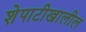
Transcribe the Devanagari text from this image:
शेपाटीखालील